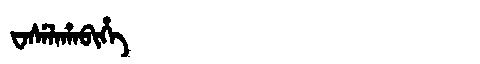
Manchu: ᠸᠠᠰᡝᠯᠠᡥᠠᠪᡳᡥᡝ
Romanization: WASELAHABIHE